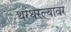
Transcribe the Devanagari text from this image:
थरथरल्यावर